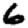
Digit: 6